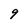
Character: 9